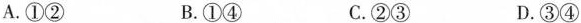
A.①② B.①④ C.②③ D.③④